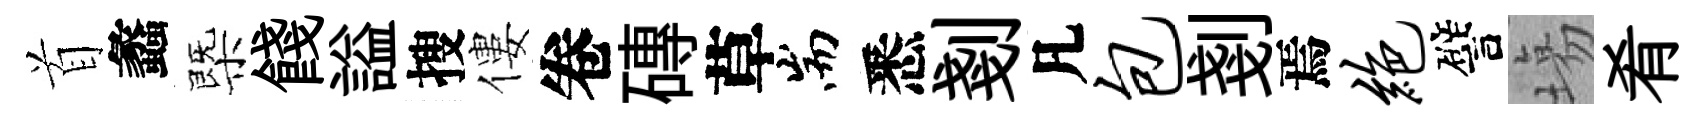
首蠡㮣餞謚搜僂卷磚草耑悉剗凡包剗焉绝譬塲肴